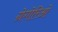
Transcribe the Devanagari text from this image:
ग्रेगोरिओ